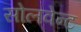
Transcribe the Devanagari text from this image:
सोलवेन्ट